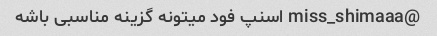
@miss_shimaaa اسنپ فود میتونه گزینه مناسبی باشه